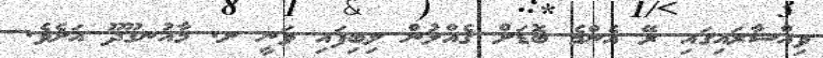
ވިއްސާރައިގައި ރޭ އެންމެ ބޮޑަށް ގެއްލުން ލިބިފައި ވަނީ ށ. މާއުނގޫދޫ އަށެވެ.